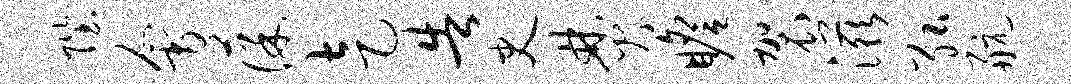
陛会葆走告史焚瞻袈滋弘航